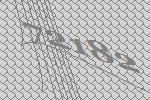
72182